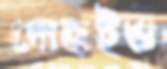
দোহাইও